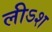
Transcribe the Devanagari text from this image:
लीऽश